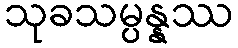
သုခသမ္ပန္နဿ